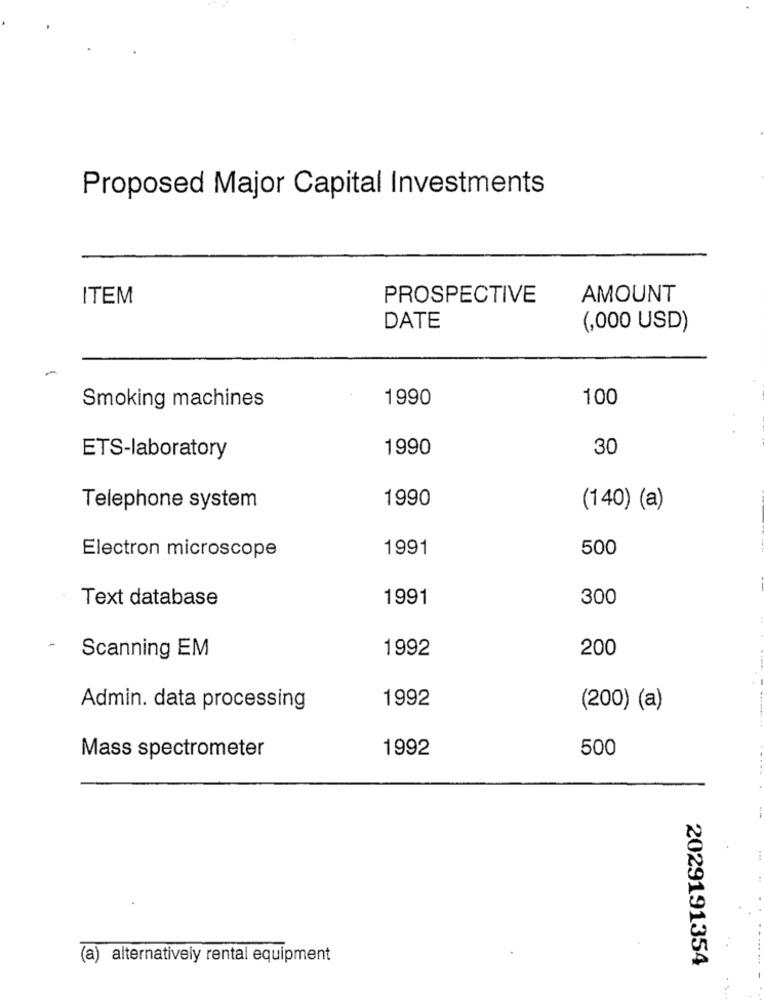
Proposed Major Capital Investments
ITEM
PROSPECTIVE
AMOUNT
DATE
(,000 USD)
1990
100
Smoking machines
1990
30
ETS-laboratory
1990
Telephone system
(140) (a)
1991
500
Electron microscope
Text database
1991
300
1992
200
Scanning EM
1992
Admin. data processing
(200) (a)
1992
500
Mass spectrometer
(a) alternatively rental equipment
2029191354